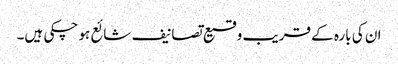
ان کی بارہ کے قریب وقیع تصانیف شائع ہو چکی ہیں۔